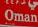
oman